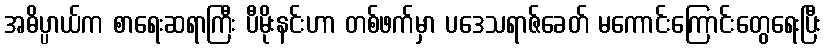
အဓိပ္ပာယ်က စာရေးဆရာကြီး ပီမိုးနင်းဟာ တစ်ဖက်မှာ ပဒေသရာဇ်ခေတ် မကောင်းကြောင်းတွေရေးပြီး